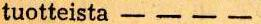
tuotteista - - - -